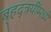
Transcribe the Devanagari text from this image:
बृहद्त्रयींमध्ये